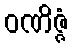
ဝဏိဇ္ဇံ